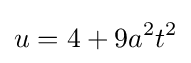
u=4+9a^{2}t^{2}